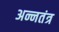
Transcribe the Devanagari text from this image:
अन्नतंत्र